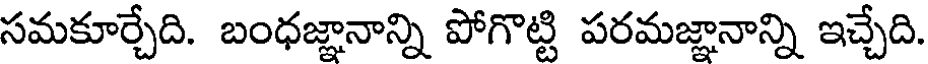
సమకూర్చేది. బంధజ్ఞానాన్ని పోగొట్టి పరమజ్ఞానాన్ని ఇచ్చేది.